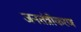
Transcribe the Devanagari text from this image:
जनतंत्रीकरण